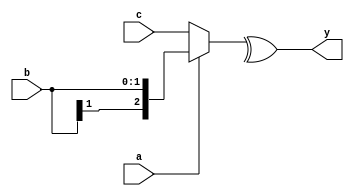
module test10(a, b, c, y);
  input a;
  input signed [1:0] b;
  input signed [2:0] c;
  output y;
  assign y = ^(a ? b : c);
endmodule